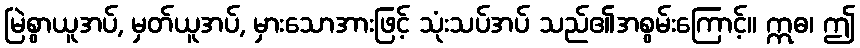
မြဲစွာယူအပ်, မှတ်ယူအပ်, မှားသောအားဖြင့် သုံးသပ်အပ် သည်၏အစွမ်းကြောင့်။ ဣဓ၊ ဤ